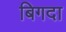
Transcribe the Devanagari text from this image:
बिगदा